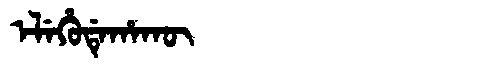
Manchu: ᡝᠯᡝᡥᡠᡩᡝᡥᠠᡴᡡ
Romanization: ELEHUDEHAKŪ